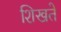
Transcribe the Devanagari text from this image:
शिखते